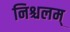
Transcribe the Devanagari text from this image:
निश्चलम्